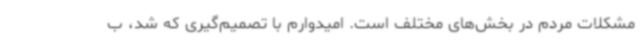
مشکلات مردم در بخش‌های مختلف است. امیدوارم با تصمیم‌گیری که شد، ب